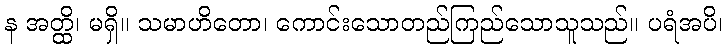
န အတ္ထိ၊ မရှိ။ သမာဟိတော၊ ကောင်းသောတည်ကြည်သောသူသည်။ ပရံအပိ၊